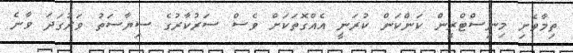
ތިމާވެށި މިނިސްްޓްރީން ކަންކަން ކުރަނީ އެއްގޮތަކަށް ވެސް ސަރުކާރުގެ ސިޔާސަތު ވަރުގަދަ ވާނެ